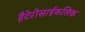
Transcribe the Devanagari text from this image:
हैटेरोसाईकलिक